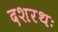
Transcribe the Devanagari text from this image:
दशरथः